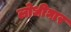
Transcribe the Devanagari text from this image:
लोधीघार